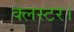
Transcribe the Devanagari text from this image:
क्लस्टर।